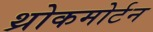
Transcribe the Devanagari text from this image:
थ्रोकमोर्टन